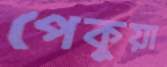
পেকুয়া